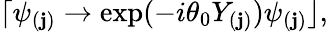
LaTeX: \lceil\psi_{(\mathbf{j})}\rightarrow\exp(-i\theta_{0}Y_{(\mathbf{j})})\psi_{(\mathbf{j})}\rfloor,